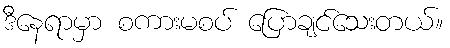
ဒီနေရာမှာ စကားမစပ် ပြောချင်သေးတယ်။